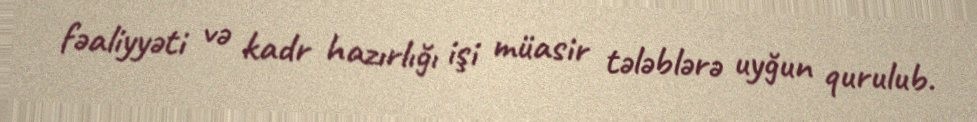
fəaliyyəti və kadr hazırlığı işi müasir tələblərə uyğun qurulub.